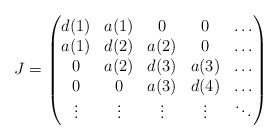
\begin{align*} J=\begin{pmatrix} d(1) & a(1) &0& 0 &\dots\\ a(1) & d(2) & a(2) &0& \dots\\ 0 & a(2) & d(3) & a(3) &\dots\\ 0 &0& a(3) & d(4) &\dots\\ \vdots &\vdots&\vdots&\vdots&\ddots \end{pmatrix} \end{align*}